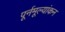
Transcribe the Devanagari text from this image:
पूर्नमूल्यांकन